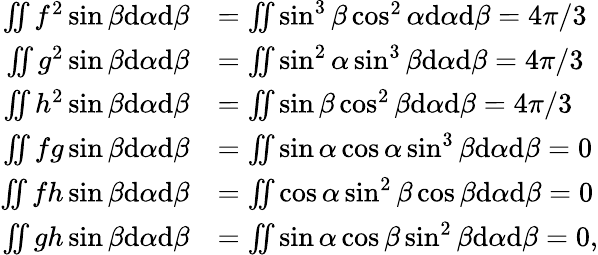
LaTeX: \begin{array}{rl}{\iint f^{2}\sin\beta\textrm{d}\alpha\textrm{d}\beta}&{=\iint\sin^{3}\beta\cos^{2}\alpha\textrm{d}\alpha\textrm{d}\beta=4\pi/3}\\ {\iint g^{2}\sin\beta\textrm{d}\alpha\textrm{d}\beta}&{=\iint\sin^{2}\alpha\sin^{3}\beta\textrm{d}\alpha\textrm{d}\beta=4\pi/3}\\ {\iint h^{2}\sin\beta\textrm{d}\alpha\textrm{d}\beta}&{=\iint\sin\beta\cos^{2}\beta\textrm{d}\alpha\textrm{d}\beta=4\pi/3}\\ {\iint fg\sin\beta\textrm{d}\alpha\textrm{d}\beta}&{=\iint\sin\alpha\cos\alpha\sin^{3}\beta\textrm{d}\alpha\textrm{d}\beta=0}\\ {\iint fh\sin\beta\textrm{d}\alpha\textrm{d}\beta}&{=\iint\cos\alpha\sin^{2}\beta\cos\beta\textrm{d}\alpha\textrm{d}\beta=0}\\ {\iint gh\sin\beta\textrm{d}\alpha\textrm{d}\beta}&{=\iint\sin\alpha\cos\beta\sin^{2}\beta\textrm{d}\alpha\textrm{d}\beta=0,}\end{array}